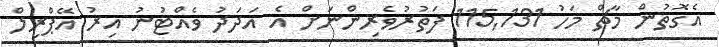
އެގޮތުން މާޗް މަހު 115